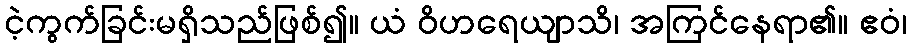
ငဲ့ကွက်ခြင်းမရှိသည်ဖြစ်၍။ ယံ ဝိဟရေယျာသိ၊ အကြင်နေရာ၏။ ဧဝံ၊